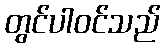
တွင်ပါဝင်သည်